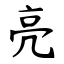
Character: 亮